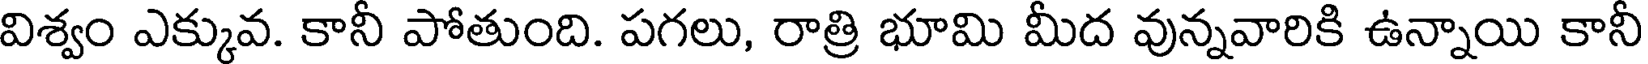
విశ్వం ఎక్కువ. కానీ పోతుంది. పగలు, రాత్రి భూమి మీద వున్నవారికి ఉన్నాయి కానీ